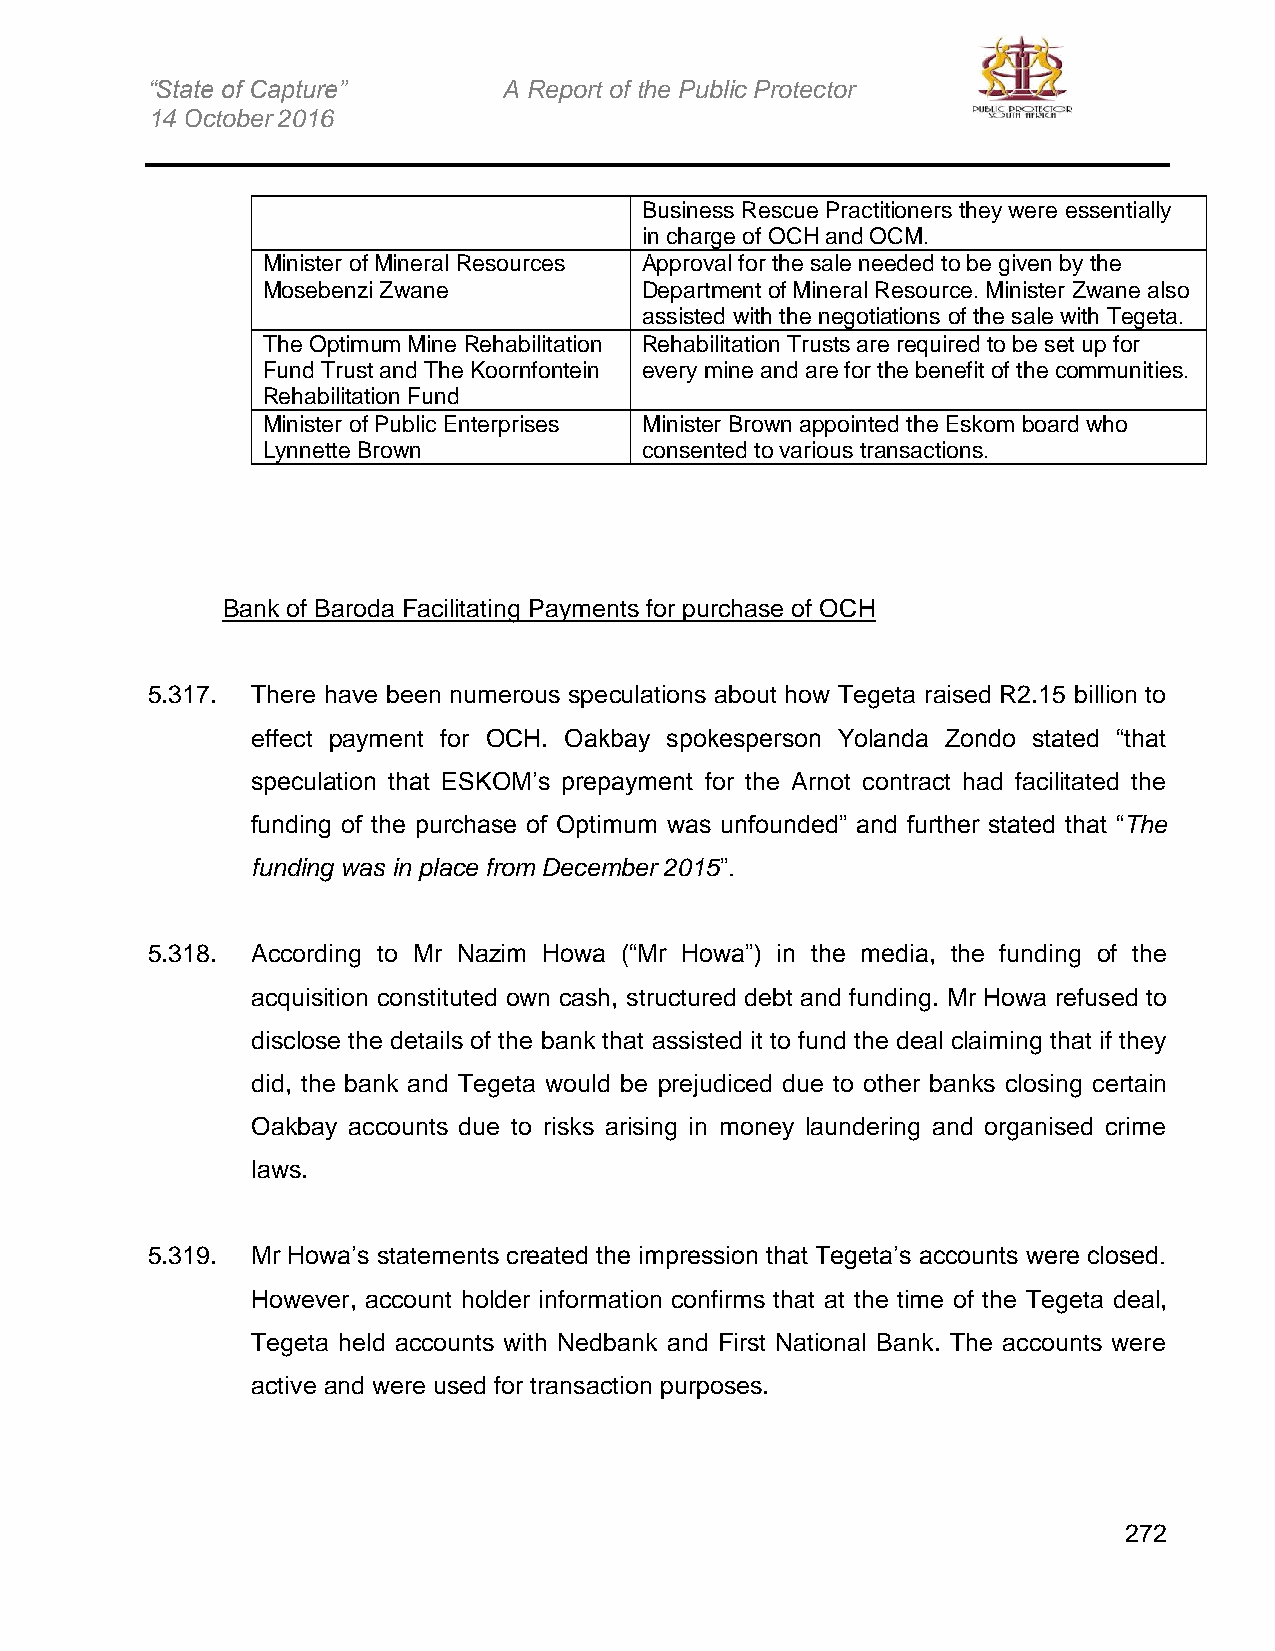
“State of Capture”     A Report of the Public Protector
 14 October 2016
 Business Rescue Practitioners they were essentially
 in charge of OCH and OCM.
 Minister of Mineral Resources Approval for the sale needed to be given by the
 Mosebenzi Zwane          Department of Mineral Resource. Minister Zwane also
 assisted with the negotiations of the sale with Tegeta.
 The Optimum Mine Rehabilitation Rehabilitation Trusts are required to be set up for
 Fund Trust and The Koornfontein every mine and are for the benefit of the communities.
 Rehabilitation Fund
 Minister of Public Enterprises Minister Brown appointed the Eskom board who
 Lynnette Brown           consented to various transactions.
 Bank of Baroda Facilitating Payments for purchase of OCH
 5.317. There have been numerous speculations about how Tegeta raised R2.15 billion to
 effect payment for OCH. Oakbay spokesperson Yolanda Zondo stated “that
 speculation that ESKOM’s prepayment for the Arnot contract had facilitated the
 funding of the purchase of Optimum was unfounded” and further stated that “The
 funding was in place from December 2015”.
 5.318. According to Mr Nazim Howa (“Mr Howa”) in the media, the funding of the
 acquisition constituted own cash, structured debt and funding. Mr Howa refused to
 disclose the details of the bank that assisted it to fund the deal claiming that if they
 did, the bank and Tegeta would be prejudiced due to other banks closing certain
 Oakbay accounts due to risks arising in money laundering and organised crime
 laws.
 5.319. Mr Howa’s statements created the impression that Tegeta’s accounts were closed.
 However, account holder information confirms that at the time of the Tegeta deal,
 Tegeta held accounts with Nedbank and First National Bank. The accounts were
 active and were used for transaction purposes.
 272